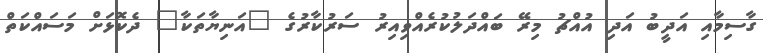
ގާސިމާއި އަދީބު އަދި އުއްޗު މިރޭ ބައްދަލުކުރެއްވިއިރު ސަރުކާރުގެ "އަނިޔާތަކާ" ދެކޮޅަށް މަސައްކަތް